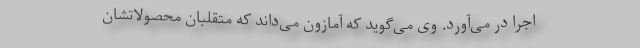
اجرا در می‌آورد. وی می‌گوید که آمازون می‌داند که متقلبان محصولاتشان